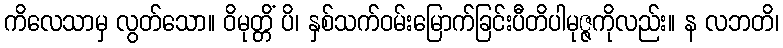
ကိလေသာမှ လွတ်သော။ ဝိမုတ္တိံ ပိ၊ နှစ်သက်ဝမ်းမြောက်ခြင်းပီတိပါမုဇ္ဇကိုလည်း။ န လဘတိ၊